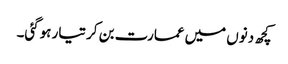
کچھ دنوں میں عمارت بن کر تیار ہوگئی۔